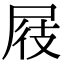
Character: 屐